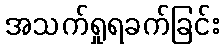
အသက်ရှုရခက်ခြင်း